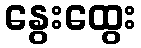
နွေးထွေး